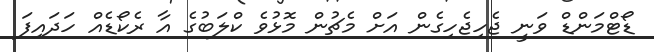
ޑޯޓްމަންޑް ވަނީ ޖެހިޖެހިގެން އަށް މެޗުން މޮޅުވެ ކްލަބުގެ އާ ރެކޯޑެއް ހަދައިފަ